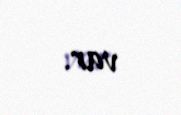
var.